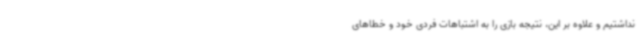
نداشتیم و علاوه بر این، نتیجه بازی را به اشتباهات فردی خود و خطاهای